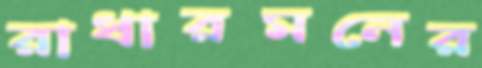
রাধারমনের